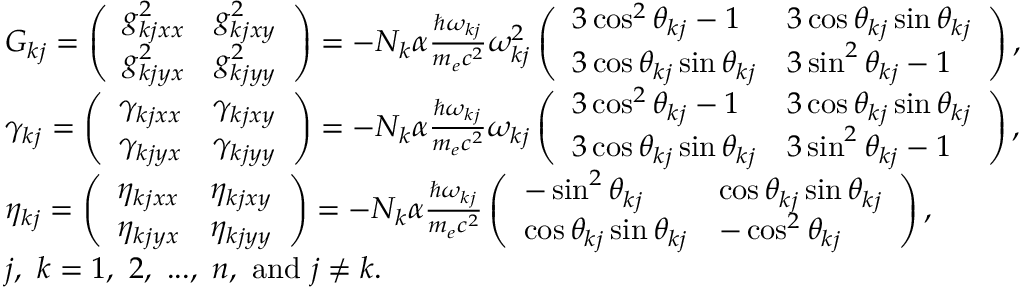
\begin{array} { r l } & { G _ { k j } = \left( \begin{array} { l l } { g _ { k j x x } ^ { 2 } } & { g _ { k j x y } ^ { 2 } } \\ { g _ { k j y x } ^ { 2 } } & { g _ { k j y y } ^ { 2 } } \end{array} \right) = - N _ { k } \alpha \frac { \hbar \omega _ { k j } } { m _ { e } c ^ { 2 } } \omega _ { k j } ^ { 2 } \left( \begin{array} { l l } { 3 \cos ^ { 2 } \theta _ { k j } - 1 } & { 3 \cos \theta _ { k j } \sin \theta _ { k j } } \\ { 3 \cos \theta _ { k j } \sin \theta _ { k j } } & { 3 \sin ^ { 2 } \theta _ { k j } - 1 } \end{array} \right) , } \\ & { \gamma _ { k j } = \left( \begin{array} { l l } { \gamma _ { k j x x } } & { \gamma _ { k j x y } } \\ { \gamma _ { k j y x } } & { \gamma _ { k j y y } } \end{array} \right) = - N _ { k } \alpha \frac { \hbar \omega _ { k j } } { m _ { e } c ^ { 2 } } \omega _ { k j } \left( \begin{array} { l l } { 3 \cos ^ { 2 } \theta _ { k j } - 1 } & { 3 \cos \theta _ { k j } \sin \theta _ { k j } } \\ { 3 \cos \theta _ { k j } \sin \theta _ { k j } } & { 3 \sin ^ { 2 } \theta _ { k j } - 1 } \end{array} \right) , } \\ & { \eta _ { k j } = \left( \begin{array} { l l } { \eta _ { k j x x } } & { \eta _ { k j x y } } \\ { \eta _ { k j y x } } & { \eta _ { k j y y } } \end{array} \right) = - N _ { k } \alpha \frac { \hbar \omega _ { k j } } { m _ { e } c ^ { 2 } } \left( \begin{array} { l l } { - \sin ^ { 2 } \theta _ { k j } } & { \cos \theta _ { k j } \sin \theta _ { k j } } \\ { \cos \theta _ { k j } \sin \theta _ { k j } } & { - \cos ^ { 2 } \theta _ { k j } } \end{array} \right) , } \\ & { j , ~ k = 1 , ~ 2 , ~ . . . , ~ n , ~ \mathrm { a n d } ~ j \neq k . } \end{array}